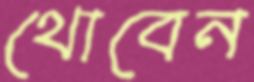
থোবেন